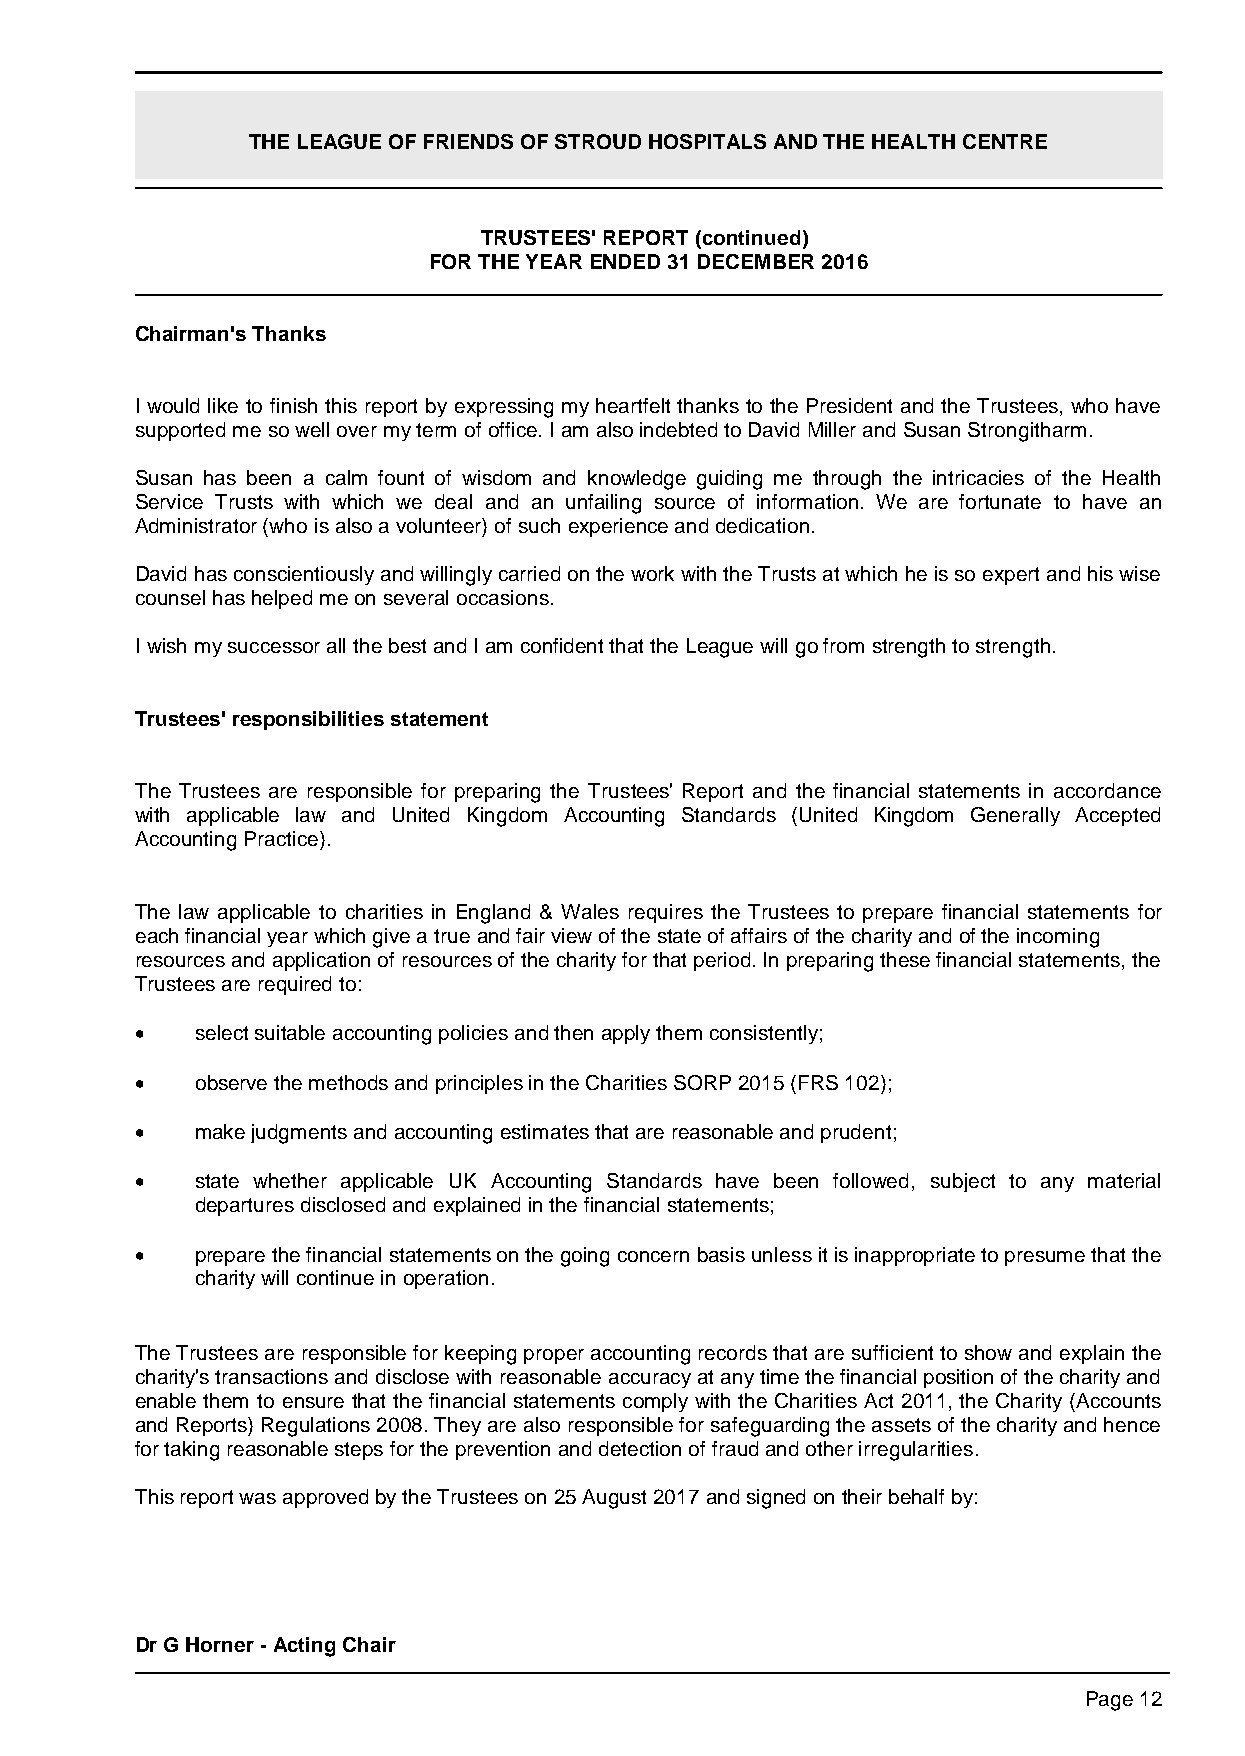
THE LEAGUE OF FRIENDS OF STROUD HOSPITALS AND THE HEALTH CENTRE
 TRUSTEES' REPORT (continued)
 FOR THE YEAR ENDED 31 DECEMBER 2016
 Chairman's Thanks
 I would like to finish this report by expressing my heartfelt thanks to the President and the Trustees, who have
 supported me so well over my term of office. I am also indebted to David Miller and Susan Strongitharm.
 Susan has been a calm fount of wisdom and knowledge guiding me through the intricacies of the Health
 Service Trusts with which we deal and an unfailing source of information. We are fortunate to have an
 Administrator (who is also a volunteer) of such experience and dedication.
 David has conscientiously and willingly carried on the work with the Trusts at which he is so expert and his wise
 counsel has helped me on several occasions.
 I wish my successor all the best and I am confident that the League will go from strength to strength.
 Trustees' responsibilities statement
 The Trustees are responsible for preparing the Trustees' Report and the financial statements in accordance
 with applicable law and United Kingdom Accounting Standards (United Kingdom Generally Accepted
 Accounting Practice).
 The law applicable to charities in England & Wales requires the Trustees to prepare financial statements for
 each financial year which give a true and fair view of the state of affairs of the charity and of the incoming
 resources and application of resources of the charity for that period. In preparing these financial statements, the
 Trustees are required to:
    select suitable accounting policies and then apply them consistently;
    observe the methods and principles in the Charities SORP 2015 (FRS 102);
    make judgments and accounting estimates that are reasonable and prudent;
    state whether applicable UK Accounting Standards have been followed, subject to any material
 departures disclosed and explained in the financial statements;
    prepare the financial statements on the going concern basis unless it is inappropriate to presume that the
 charity will continue in operation.
 The Trustees are responsible for keeping proper accounting records that are sufficient to show and explain the
 charity's transactions and disclose with reasonable accuracy at any time the financial position of the charity and
 enable them to ensure that the financial statements comply with the Charities Act 2011, the Charity (Accounts
 and Reports) Regulations 2008. They are also responsible for safeguarding the assets of the charity and hence
 for taking reasonable steps for the prevention and detection of fraud and other irregularities.
 This report was approved by the Trustees on 25 August 2017 and signed on their behalf by:
 Dr G Horner - Acting Chair
 Page 12